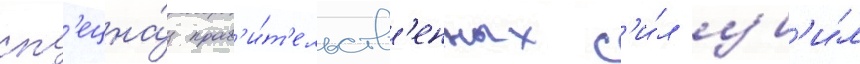
сп'ецна́з прав'и́т'ельств'енных с'и́л уб'и́л